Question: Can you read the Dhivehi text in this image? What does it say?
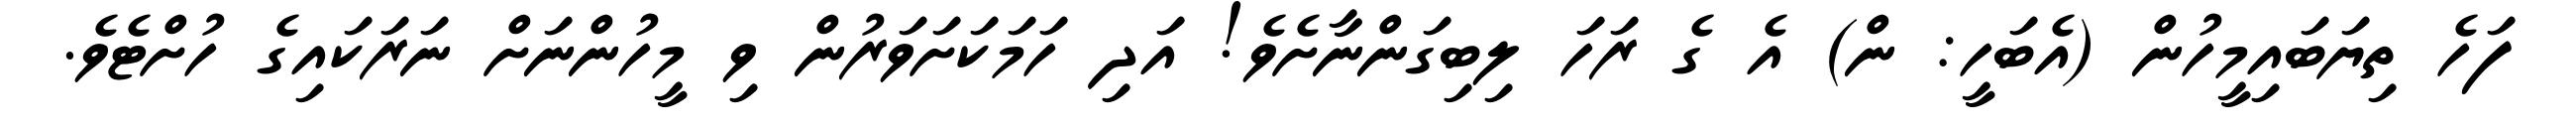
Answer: ފަހެ ތިޔަބައިމީހުން (އެބަހީ: ން) އެ ގެ ރަހަ ލިބިގަންނާށެވެ! އަދި ހަމަކަށަވަރުން ވި މީހުންނަށް ނަރަކައިގެ ހުށްޓެވެ.